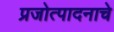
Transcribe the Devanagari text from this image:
प्रजोत्पादनाचे